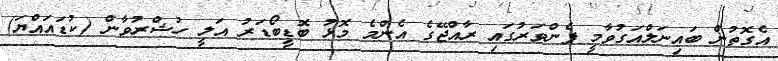
އެގޮތުން ބައިނަލްއަގުވާމީ ފެންވަރުގައި ރާއްޖޭގެ އެންމެ މޮޅު ބޮޑީބޯޑަރު އަލީ ހުޝްރުވާން (ކުޑައައްޔަ)